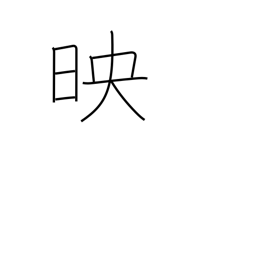
Meaning: projection